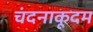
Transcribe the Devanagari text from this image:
चंदनाकूदम